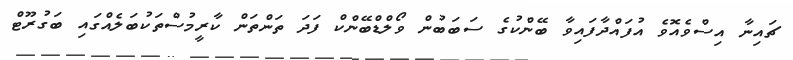
ޗައިނާ އިސްވެއޮވެ އުފައްދާފައިވާ ބޭންކުގެ ސަބަބުން ވޯލްޑްބޭންކް ފަދަ ތަންތަން ކާރީމުސްތަކުބަލެއްގައި ބަގުރޫޓް